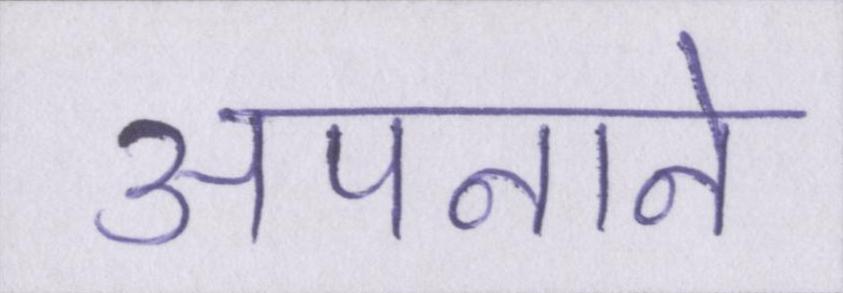
अपनाने